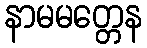
နာမမတ္တေန